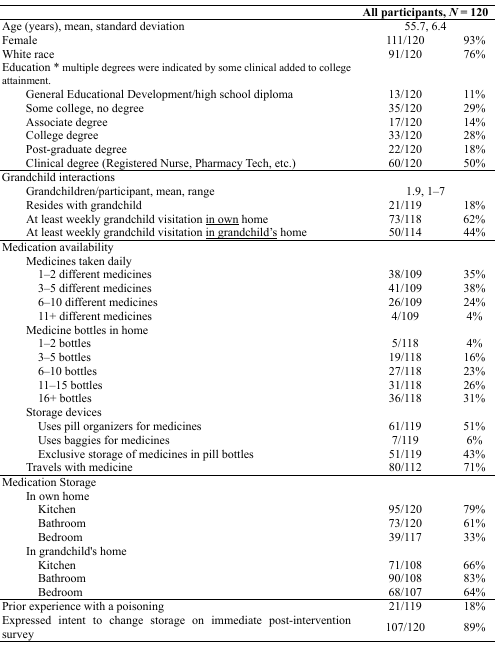
| <COLSPAN=3> All participants, N = 120 |
 | --- | --- | --- |
 | Age (years), mean, standard deviation | <COLSPAN=2> 55.7, 6.4 |
 | Female | 111/120 | 93% |
 | White race | 91/120 | 76% |
 | <COLSPAN=3> Education * multiple degrees were indicated by some clinical added to college attainment. |
 | General Educational Development/high school diploma | 13/120 | 11% |
 | Some college, no degree | 35/120 | 29% |
 | Associate degree | 17/120 | 14% |
 | College degree | 33/120 | 28% |
 | Post-graduate degree | 22/120 | 18% |
 | Clinical degree (Registered Nurse, Pharmacy Tech, etc.) | 60/120 | 50% |
 | <COLSPAN=3> Grandchild interactions |
 | Grandchildren/participant, mean, range | <COLSPAN=2> 1.9, 1–7 |
 | Resides with grandchild | 21/119 | 18% |
 | At least weekly grandchild visitation <underline>in own</underline> home | 73/118 | 62% |
 | At least weekly grandchild visitation <underline>in grandchild's</underline> home | 50/114 | 44% |
 | <COLSPAN=3> Medication availability |
 | <COLSPAN=3> Medicines taken daily |
 | 1–2 different medicines | 38/109 | 35% |
 | 3–5 different medicines | 41/109 | 38% |
 | 6–10 different medicines | 26/109 | 24% |
 | 11+ different medicines | 4/109 | 4% |
 | <COLSPAN=3> Medicine bottles in home |
 | 1–2 bottles | 5/118 | 4% |
 | 3–5 bottles | 19/118 | 16% |
 | 6–10 bottles | 27/118 | 23% |
 | 11–15 bottles | 31/118 | 26% |
 | 16+ bottles | 36/118 | 31% |
 | <COLSPAN=3> Storage devices |
 | Uses pill organizers for medicines | 61/119 | 51% |
 | Uses baggies for medicines | 7/119 | 6% |
 | Exclusive storage of medicines in pill bottles | 51/119 | 43% |
 | Travels with medicine | 80/112 | 71% |
 | <COLSPAN=3> Medication Storage |
 | <COLSPAN=3> In own home |
 | Kitchen | 95/120 | 79% |
 | Bathroom | 73/120 | 61% |
 | Bedroom | 39/117 | 33% |
 | <COLSPAN=3> In grandchild's home |
 | Kitchen | 71/108 | 66% |
 | Bathroom | 90/108 | 83% |
 | Bedroom | 68/107 | 64% |
 | Prior experience with a poisoning | 21/119 | 18% |
 | Expressed intent to change storage on immediate post-intervention survey | 107/120 | 89% |